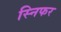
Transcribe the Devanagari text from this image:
स्निफर